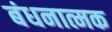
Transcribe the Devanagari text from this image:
बंधनात्मक